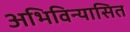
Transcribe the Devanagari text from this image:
अभिविन्यासित